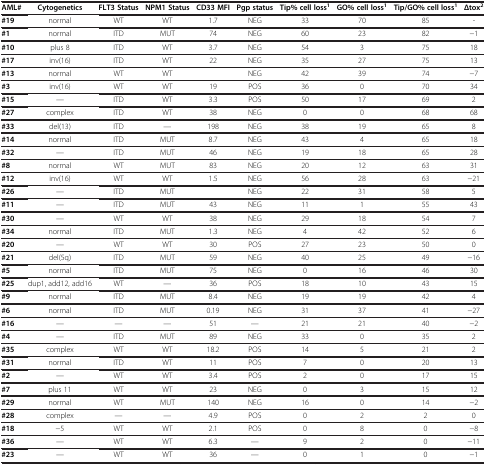
<table><thead><tr><td><b>AML#</b></td><td><b>Cytogenetics</b></td><td><b>FLT3 Status</b></td><td><b>NPM1 Status</b></td><td><b>CD33 MFI</b></td><td><b>Pgp status</b></td><td><b>Tip%cell loss<sup>1</sup></b></td><td><b>GO%cell loss<sup>1</sup></b></td><td><b>Tip/GO%cell loss<sup>1</sup></b></td><td><b>Δtox<sup>2</sup></b></td></tr></thead><tbody><tr><td><b>#19</b></td><td>normal</td><td>WT</td><td>WT</td><td>1.7</td><td>NEG</td><td>33</td><td>70</td><td>85</td><td>-</td></tr><tr><td><b>#1</b></td><td>normal</td><td>ITD</td><td>MUT</td><td>74</td><td>NEG</td><td>60</td><td>23</td><td>82</td><td>−1</td></tr><tr><td><b>#10</b></td><td>plus 8</td><td>ITD</td><td>WT</td><td>3.7</td><td>NEG</td><td>54</td><td>3</td><td>75</td><td>18</td></tr><tr><td><b>#17</b></td><td>inv(16)</td><td>ITD</td><td>WT</td><td>22</td><td>NEG</td><td>35</td><td>27</td><td>75</td><td>13</td></tr><tr><td><b>#13</b></td><td>normal</td><td>WT</td><td>WT</td><td> </td><td>NEG</td><td>42</td><td>39</td><td>74</td><td>−7</td></tr><tr><td><b>#3</b></td><td>inv(16)</td><td>WT</td><td>WT</td><td>19</td><td>POS</td><td>36</td><td>0</td><td>70</td><td>34</td></tr><tr><td><b>#15</b></td><td>—</td><td>ITD</td><td>WT</td><td>3.3</td><td>POS</td><td>50</td><td>17</td><td>69</td><td>2</td></tr><tr><td><b>#27</b></td><td>complex</td><td>ITD</td><td>WT</td><td>38</td><td>NEG</td><td>0</td><td>0</td><td>68</td><td>68</td></tr><tr><td><b>#33</b></td><td>del(13)</td><td>ITD</td><td>—</td><td>198</td><td>NEG</td><td>38</td><td>19</td><td>65</td><td>8</td></tr><tr><td><b>#14</b></td><td>normal</td><td>ITD</td><td>MUT</td><td>8.7</td><td>NEG</td><td>43</td><td>4</td><td>65</td><td>18</td></tr><tr><td><b>#32</b></td><td>—</td><td>ITD</td><td>MUT</td><td>46</td><td>NEG</td><td>19</td><td>18</td><td>65</td><td>28</td></tr><tr><td><b>#8</b></td><td>normal</td><td>WT</td><td>MUT</td><td>83</td><td>NEG</td><td>20</td><td>12</td><td>63</td><td>31</td></tr><tr><td><b>#12</b></td><td>inv(16)</td><td>WT</td><td>WT</td><td>1.5</td><td>NEG</td><td>56</td><td>28</td><td>63</td><td>−21</td></tr><tr><td><b>#26</b></td><td>—</td><td>ITD</td><td>MUT</td><td> </td><td>NEG</td><td>22</td><td>31</td><td>58</td><td>5</td></tr><tr><td><b>#11</b></td><td>—</td><td>ITD</td><td>MUT</td><td>43</td><td>NEG</td><td>11</td><td>1</td><td>55</td><td>43</td></tr><tr><td><b>#30</b></td><td>—</td><td>WT</td><td>WT</td><td>38</td><td>NEG</td><td>29</td><td>18</td><td>54</td><td>7</td></tr><tr><td><b>#34</b></td><td>normal</td><td>ITD</td><td>MUT</td><td>1.3</td><td>NEG</td><td>4</td><td>42</td><td>52</td><td>6</td></tr><tr><td><b>#20</b></td><td>—</td><td>WT</td><td>WT</td><td>30</td><td>POS</td><td>27</td><td>23</td><td>50</td><td>0</td></tr><tr><td><b>#21</b></td><td>del(5q)</td><td>ITD</td><td>MUT</td><td>59</td><td>NEG</td><td>40</td><td>25</td><td>49</td><td>−16</td></tr><tr><td><b>#5</b></td><td>normal</td><td>ITD</td><td>MUT</td><td>75</td><td>NEG</td><td>0</td><td>16</td><td>46</td><td>30</td></tr><tr><td><b>#25</b></td><td>dup1, add12, add16</td><td>WT</td><td>—</td><td>36</td><td>POS</td><td>18</td><td>10</td><td>43</td><td>15</td></tr><tr><td><b>#9</b></td><td>normal</td><td>ITD</td><td>MUT</td><td>8.4</td><td>NEG</td><td>19</td><td>19</td><td>42</td><td>4</td></tr><tr><td><b>#6</b></td><td>normal</td><td>ITD</td><td>MUT</td><td>0.19</td><td>NEG</td><td>31</td><td>37</td><td>41</td><td>−27</td></tr><tr><td><b>#16</b></td><td>—</td><td>—</td><td>—</td><td>51</td><td>—</td><td>21</td><td>21</td><td>40</td><td>−2</td></tr><tr><td><b>#4</b></td><td>—</td><td>ITD</td><td>MUT</td><td>89</td><td>NEG</td><td>33</td><td>0</td><td>35</td><td>2</td></tr><tr><td><b>#35</b></td><td>complex</td><td>WT</td><td>WT</td><td>18.2</td><td>POS</td><td>14</td><td>5</td><td>21</td><td>2</td></tr><tr><td><b>#31</b></td><td>normal</td><td>ITD</td><td>WT</td><td>11</td><td>POS</td><td>7</td><td>0</td><td>20</td><td>13</td></tr><tr><td><b>#2</b></td><td>—</td><td>WT</td><td>WT</td><td>3.4</td><td>POS</td><td>2</td><td>0</td><td>17</td><td>15</td></tr><tr><td><b>#7</b></td><td>plus 11</td><td>WT</td><td>WT</td><td>23</td><td>NEG</td><td>0</td><td>3</td><td>15</td><td>12</td></tr><tr><td><b>#29</b></td><td>normal</td><td>WT</td><td>MUT</td><td>140</td><td>NEG</td><td>16</td><td>0</td><td>14</td><td>−2</td></tr><tr><td><b>#28</b></td><td>complex</td><td>—</td><td>—</td><td>4.9</td><td>POS</td><td>0</td><td>2</td><td>2</td><td>0</td></tr><tr><td><b>#18</b></td><td>−5</td><td>WT</td><td>WT</td><td>2.1</td><td>POS</td><td>0</td><td>8</td><td>0</td><td>−8</td></tr><tr><td><b>#36</b></td><td>—</td><td>WT</td><td>WT</td><td>6.3</td><td>—</td><td>9</td><td>2</td><td>0</td><td>−11</td></tr><tr><td><b>#23</b></td><td>—</td><td>WT</td><td>WT</td><td>36</td><td>—</td><td>0</td><td>1</td><td>0</td><td>−1</td></tr></tbody></table>